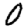
Digit: 0